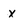
Character: X